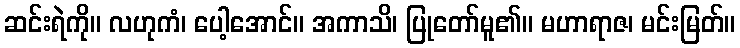
ဆင်းရဲကို။ လဟုကံ၊ ပေါ့အောင်။ အကာသိ၊ ပြုတော်မူ၏။ မဟာရာဇ၊ မင်းမြတ်။